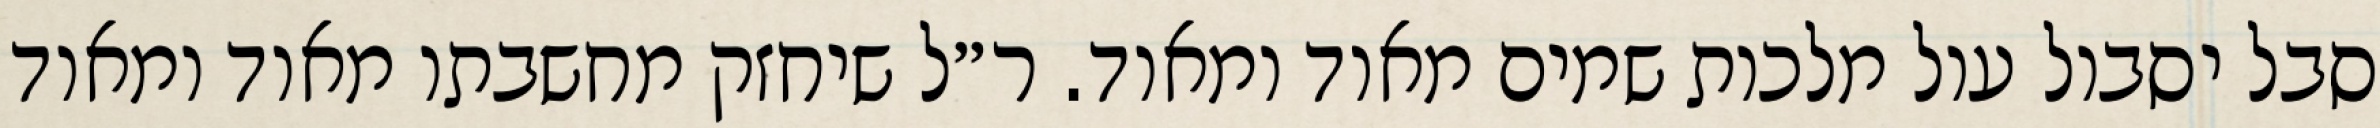
סבל יסבול עול מלכות שמים מאוד ומאוד. ר״ל שיחזק מחשבתו מאוד ומאוד